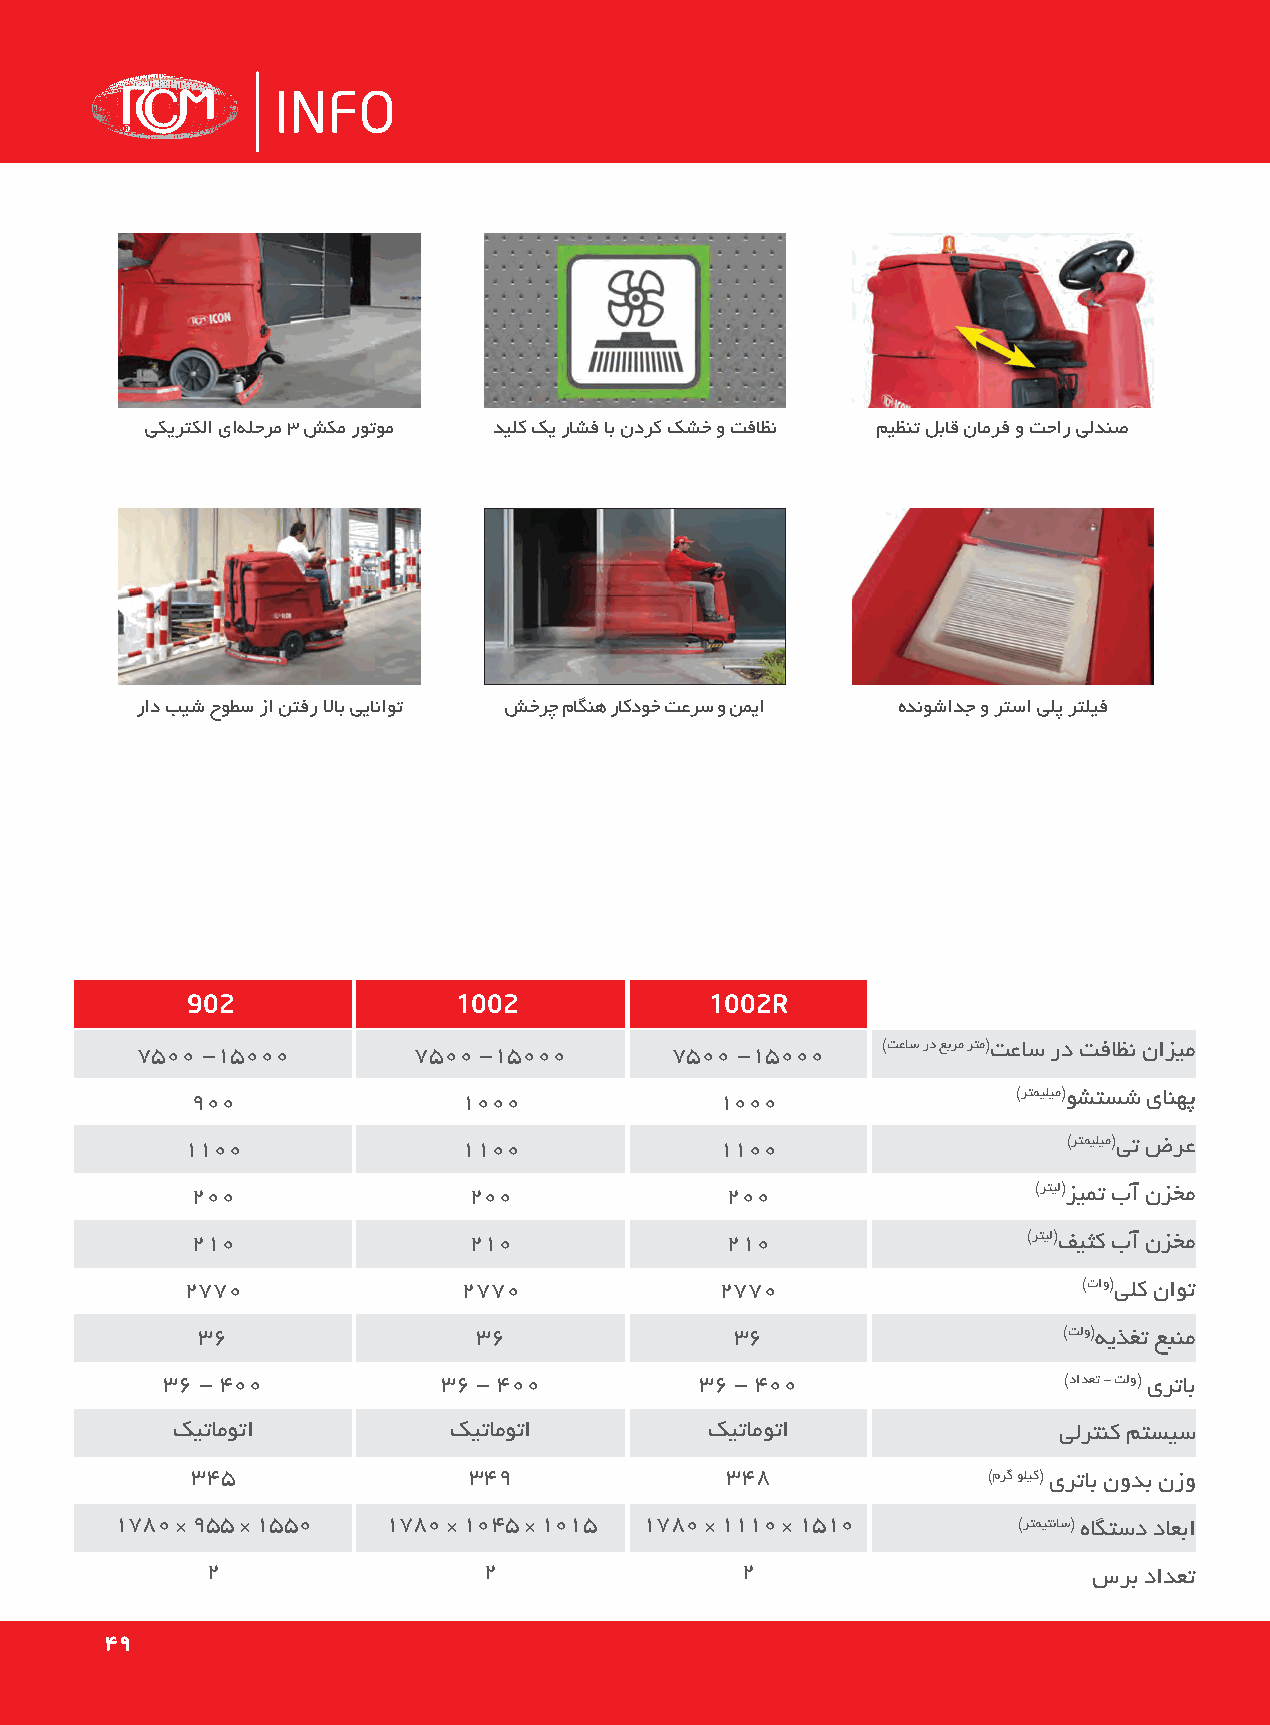
INFO
 یکیرتکلا یاه لحرم 3 شکم روتوم دیلک کی راشف اب ندرک کشخ و تفاظن میظنت لباق نامرف و تحار یلدنص
 راد بیش حوطس زا نتفر لااب ییاناوت شخرچ ماگنه راکدوخ تعرس و نمیا هدنوشادج و رتسا یلپ رتلیف
 902               1002             1002R
 7500 -15000       7500 -15000      7500 -15000   )تعاس رد عبرم رتم(تعاس رد تفاظن نازیم
 900               1000             1000               )رتمیلیم(وشتسش یانهپ
 1100               1100             1100                   )رتمیلیم(یت ضرع
 200               200              200                  )رتیل(زیمت بآ نزخم
 210               210              210                 )رتیل(فیثک بآ نزخم
 2770               2770             2770                    )تاو(یلک ناوت
 36                 36               36                   )تلو(هیذغت عبنم
 36 - 400          36 - 400         36 - 400                )دادعت - تلو( یرتاب
 کیتاموتا           کیتاموتا         کیتاموتا               یلرتنک متسیس
 345               349              348              )مرگ ولیک( یرتاب نودب نزو
 1780 × 955 × 1550 1780 × 1045 × 1015 1780 × 1110 × 1510    )رتمیتناس( هاگتسد داعبا
 2                 2                2                      سرب دادعت
 4499